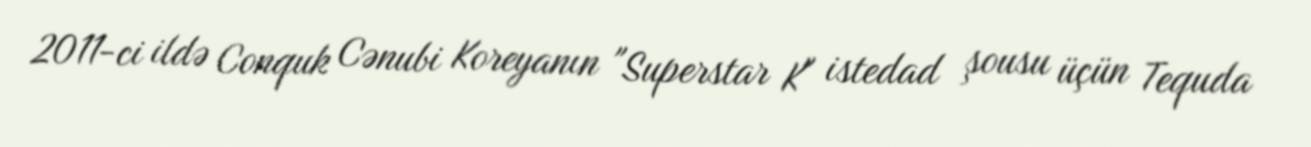
2011-ci ildə Conquk Cənubi Koreyanın "Superstar K" istedad şousu üçün Tequda